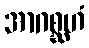
အာဂစ္ဆဟံ